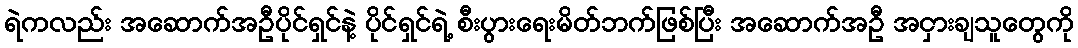
ရဲကလည်း အဆောက်အဦပိုင်ရှင်နဲ့ ပိုင်ရှင်ရဲ့ စီးပွားရေးမိတ်ဘက်ဖြစ်ပြီး အဆောက်အဦ အငှားချသူတွေကို